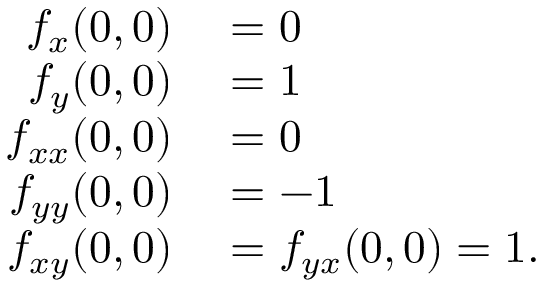
\begin{array} { r l } { f _ { x } ( 0 , 0 ) } & { { } = 0 } \\ { f _ { y } ( 0 , 0 ) } & { { } = 1 } \\ { f _ { x x } ( 0 , 0 ) } & { { } = 0 } \\ { f _ { y y } ( 0 , 0 ) } & { { } = - 1 } \\ { f _ { x y } ( 0 , 0 ) } & { { } = f _ { y x } ( 0 , 0 ) = 1 . } \end{array}